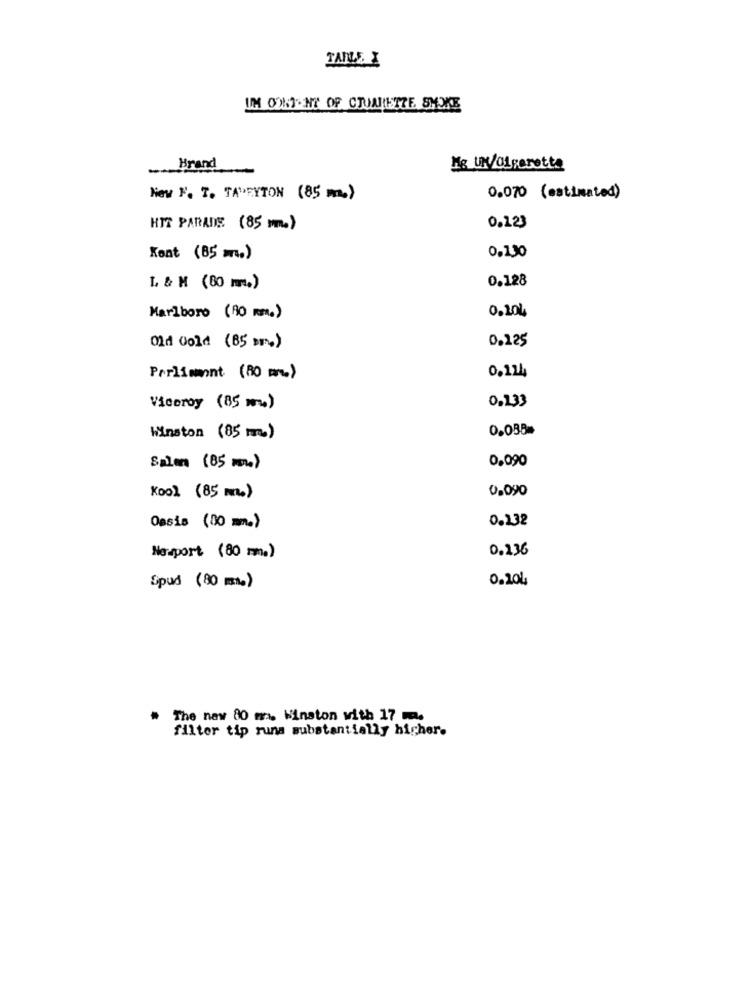
TABLE
UM OOK. NY OF CTUALETZE. SMOKE
Brand
Me UM/Cigarette
New F. T. TAPEYTON (85 )
0.070 (estimated)
HIT PARADE: (85 mm)
0.123
0.130
Kent (85 m.)
0.128
L & M (60 m.)
0.104
Marlboro (90 mm.)
0.225
Old Gold (85 )
0.124
Parliment (80 m.)
0.233
Viceroy (85 ww)
0.088=
Winston (85 m.)
0.090
Salam (85 m)
0.090
Kool (85 m.)
0.132
Oasis (30 mn.)
0.136
Newport (80 m.)
0.204
Spud (80 mm)
The new 80 m. Winston with 17 m.
filter tip runs substantially higher.